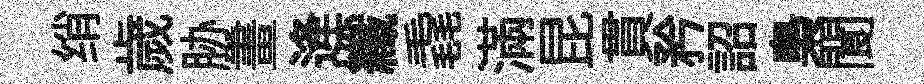
绡歲胁畫逄纖毳滿昆貫矜詔梟閬